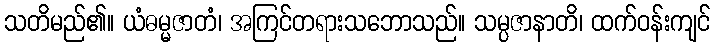
သတိမည်၏။ ယံဓမ္မဇာတံ၊ အကြင်တရားသဘောသည်။ သမ္ပဇာနာတိ၊ ထက်ဝန်းကျင်